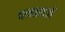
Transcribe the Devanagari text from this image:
धनबादची